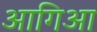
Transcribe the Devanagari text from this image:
आगिआ